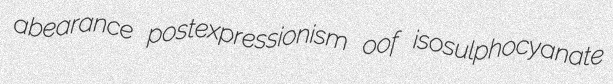
abearance postexpressionism oof isosulphocyanate